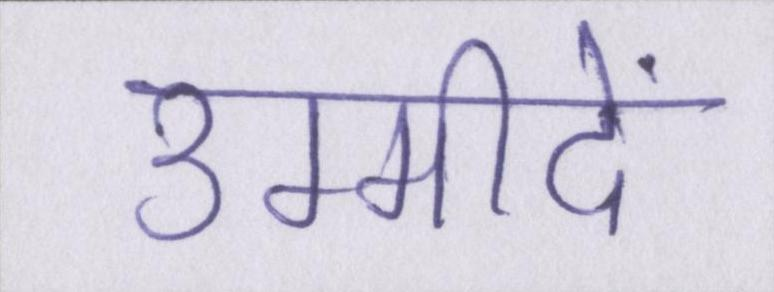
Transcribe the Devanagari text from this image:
उम्मीदें